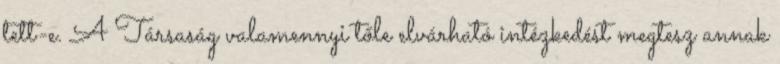
tett-e. A Társaság valamennyi tőle elvárható intézkedést megtesz annak